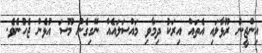
އިންޖީނު ރޫޅާލައި އެތައް އިރަކު ދިމާވި މައްސަލައެއް ނޭގިގެން މޫސަ އުޅެން ޖެހުނެވެ.